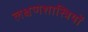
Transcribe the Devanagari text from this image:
लक्षणशास्त्रियों